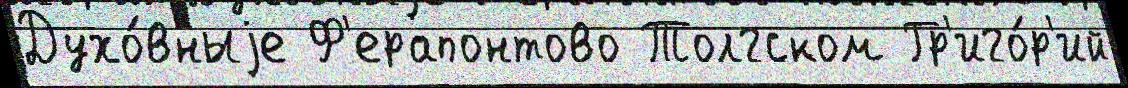
Духо́вныjе Ф'ерапонтово Толгском Гр'иго́р'ий